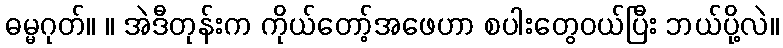
ဓမ္မဂုတ်။ ။ အဲဒီတုန်းက ကိုယ်တော့်အဖေဟာ စပါးတွေဝယ်ပြီး ဘယ်ပို့လဲ။